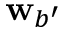
\mathbf { w } _ { b ^ { \prime } }